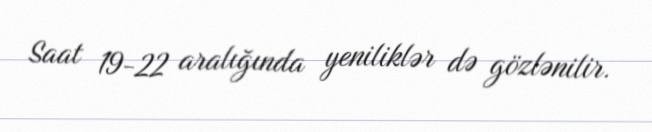
Saat 19-22 aralığında yeniliklər də gözlənilir.